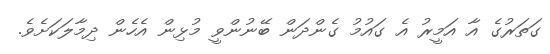
ގަތަރުގެ އާ އަމީރު އެ ގައުމު ގެންދަން ބޭނުންވީ މުޅިން އެހެން ދިމާލަކަށެވެ.